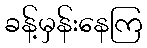
ခန့်မှန်းနေကြ